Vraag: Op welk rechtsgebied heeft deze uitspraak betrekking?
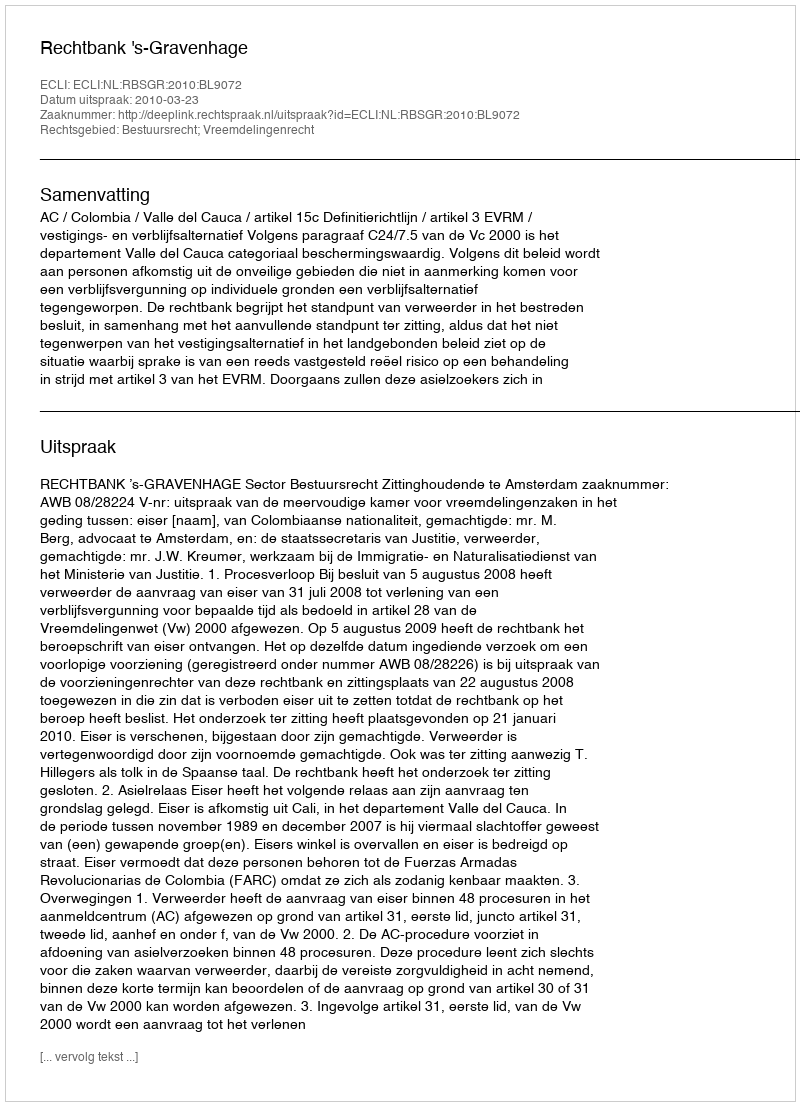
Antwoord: Bestuursrecht; Vreemdelingenrecht